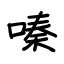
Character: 嗪